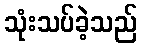
သုံးသပ်ခဲ့သည်